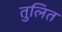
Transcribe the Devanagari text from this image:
तुलित